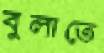
বুলাতে